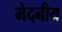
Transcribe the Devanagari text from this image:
मेदनीय